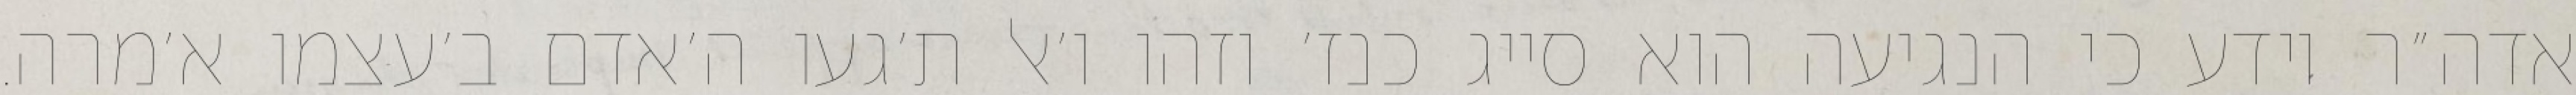
אדה״ר יודע כי הנגיעה הוא סייג כנז׳ וזהו ו׳אל ת׳געו ה׳אדם ב׳עצמו א׳מרה.